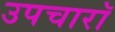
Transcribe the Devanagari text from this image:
उपचारॉ